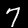
Label: 7